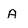
Character: A